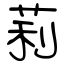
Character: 莉